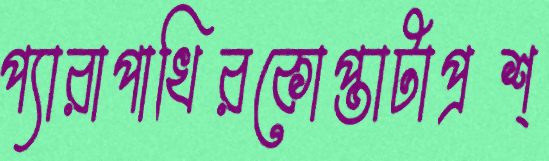
প্যারাপাখিরকোপ্তাটাপ্রশ্